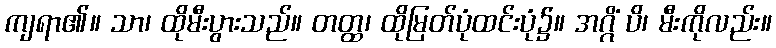
ကျရာ၏။ သာ၊ ထိုမီးပွားသည်။ တတ္ထ၊ ထိုမြတ်ပုံထင်းပုံ၌။ အဂ္ဂိံ ပိ၊ မီးကိုလည်း။